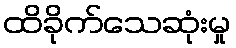
ထိခိုက်သေဆုံးမှု